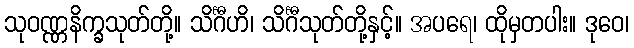
သုဝဏ္ဏနိက္ခသုတ်တို့။ သိင်္ဂီဟိ၊ သိင်္ဂီသုတ်တို့နှင့်။ အပရေ၊ ထိုမှတပါး။ ဒုဝေ၊